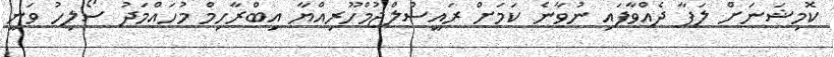
ކޮމިޝަނަށް ލަފާ ދެއްވާފައި ނުވާނެ ކަމަށް ރައީސުލްޖުމްހޫރިއްޔާ އިބްރާހިމް މުހައްމަދު ސޯލިހު ވަނީ